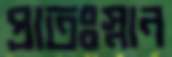
প্রাতঃস্নান